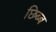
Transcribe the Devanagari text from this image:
छिब्ब